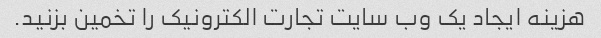
هزینه ایجاد یک وب سایت تجارت الکترونیک را تخمین بزنید.